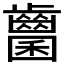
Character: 𪘭